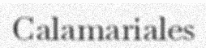
Calamariales